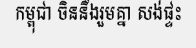
កម្ពុជា ចិននឹងរួមគ្នា សង់ផ្ទះ